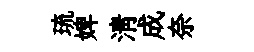
琉婢清成奈